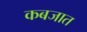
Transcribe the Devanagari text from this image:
कबजात